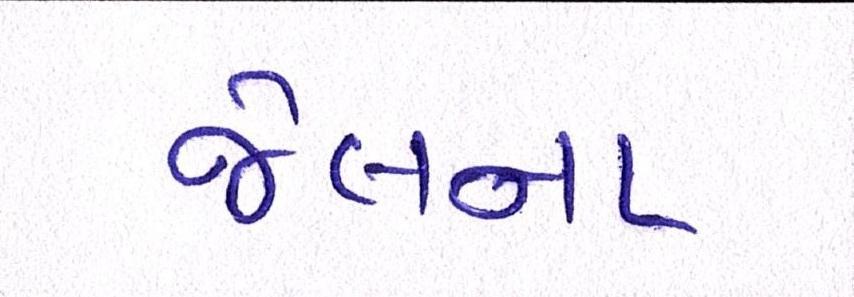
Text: જેલના